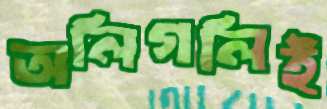
অলিগলিই